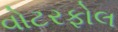
વોટરફોલ